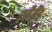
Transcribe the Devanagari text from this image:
फ़्लैमैंड